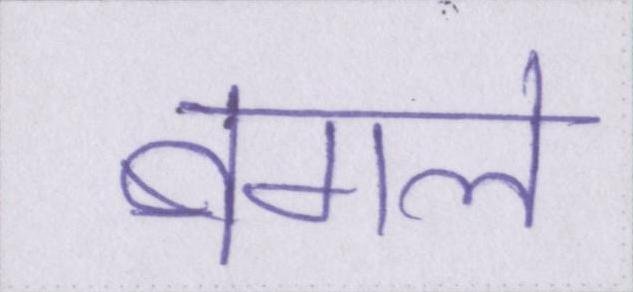
बगले